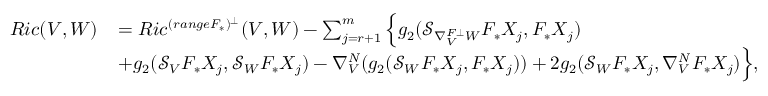
\small \begin{array} { l l } { R i c ( V , W ) } & { = R i c ^ { ( r a n g e F _ { \ast } ) ^ { \bot } } ( V , W ) - \sum _ { j = r + 1 } ^ { m } \Big \{ g _ { 2 } ( \mathcal { S } _ { \nabla _ { V } ^ { F \bot } W } F _ { \ast } X _ { j } , F _ { \ast } X _ { j } ) } \\ & { + g _ { 2 } ( \mathcal { S } _ { V } F _ { \ast } X _ { j } , \mathcal { S } _ { W } F _ { \ast } X _ { j } ) - \nabla _ { V } ^ { N } ( g _ { 2 } ( \mathcal { S } _ { W } F _ { \ast } X _ { j } , F _ { \ast } X _ { j } ) ) + 2 g _ { 2 } ( \mathcal { S } _ { W } F _ { \ast } X _ { j } , \nabla _ { V } ^ { N } F _ { \ast } X _ { j } ) \Big \} , } \end{array}